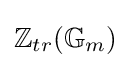
\mathbb {Z} _{tr}(\mathbb {G} _{m})